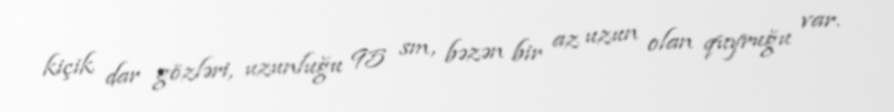
kiçik dar gözləri, uzunluğu 95 sm, bəzən bir az uzun olan quyruğu var.